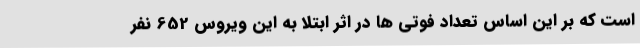
است که بر این اساس تعداد فوتی ها در اثر ابتلا به این ویروس 652 نفر